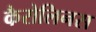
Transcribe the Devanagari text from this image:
कैरोलिनस